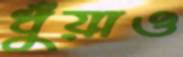
ধুঁয়াও